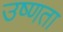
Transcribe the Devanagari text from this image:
उष्‍णता